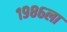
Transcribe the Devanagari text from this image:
१९८६ला